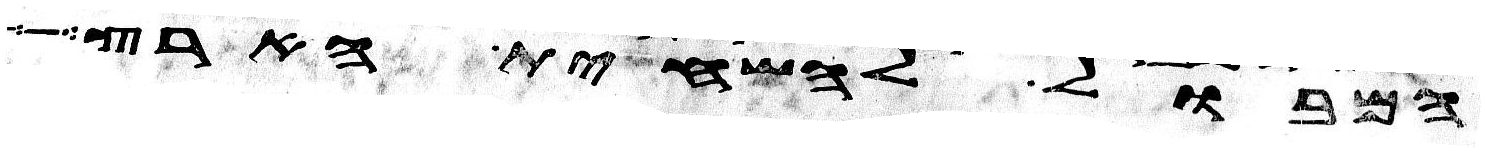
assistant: המבול להשחית הארץ